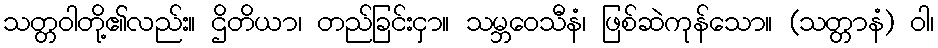
သတ္တဝါတို့၏လည်း။ ဌိတိယာ၊ တည်ခြင်းငှာ။ သမ္ဘဝေသီနံ၊ ဖြစ်ဆဲကုန်သော။ (သတ္တာနံ) ဝါ၊